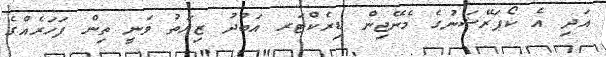
އަދި އެ ކޯޕަރޭޝަނުގެ މެނޭޖިން ޑިރެކްޓަރ އަބުދު ޒިޔަތު ވަނީ ތިން ފަހަރެއްގެ